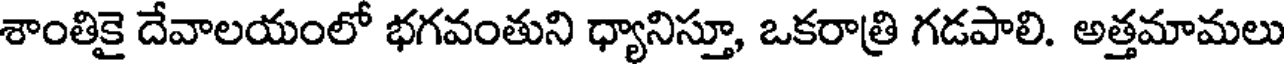
శాంతికై దేవాలయంలో భగవంతుని ధ్యానిస్తూ, ఒకరాత్రి గడపాలి. అత్తమామలు